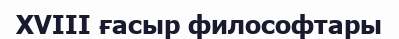
XVIII ғасыр философтары